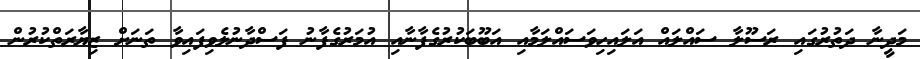
މަދީނާ ދަތުރުގައި ރަސޫލާ ސައްލައް އަލައިހިވަސައްލަމާއި އަބޫބަކުރުގެފާނާއި އުމަރުގެފާނު ފަސްދާނުލެވިފައިވާ ތަނަށް ޒިޔާރަތްކުރުން